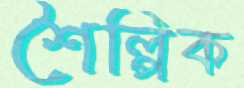
শৈল্পিক